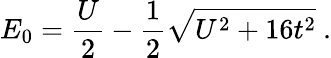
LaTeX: E_{0}=\frac{U}{2}-\frac{1}{2}\sqrt{U^{2}+16t^{2}}\ .